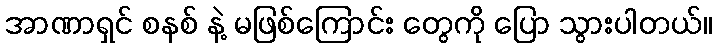
အာဏာရှင် စနစ် နဲ့ မဖြစ်ကြောင်း တွေကို ပြော သွားပါတယ်။